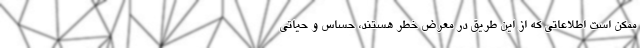
ممکن است اطلاعاتی که از این طریق در معرض خطر هستند، حساس و حیاتی